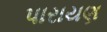
પારાયણ